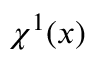
\chi ^ { 1 } ( \boldsymbol x )